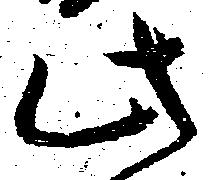
此